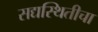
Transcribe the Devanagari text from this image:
सद्यस्थितीचा